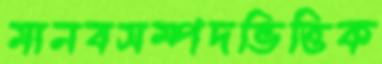
মানবসম্পদভিত্তিক